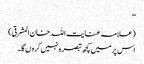
‘‘
(علامہ عنایت اللہ خان المشرقی)
اس پر میں کچھ تبصرہ نہیں کروں گا۔